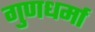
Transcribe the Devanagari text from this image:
गुणधर्मा